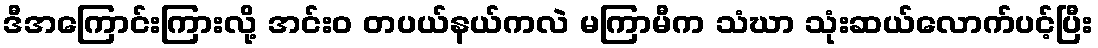
ဒီအကြောင်းကြားလို့ အင်းဝ တပယ်နယ်ကလဲ မကြာမီက သံဃာ သုံးဆယ်လောက်ပင့်ပြီး